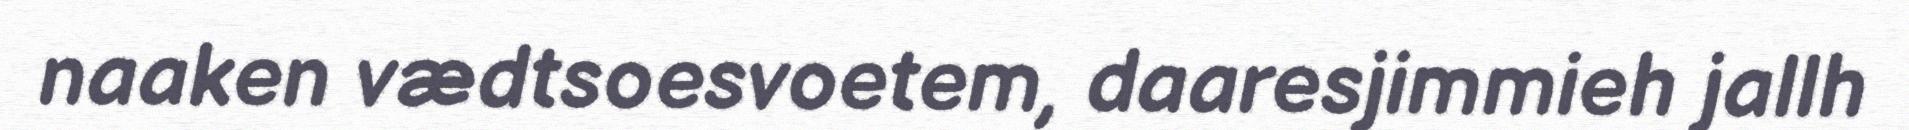
naaken vædtsoesvoetem, daaresjimmieh jallh